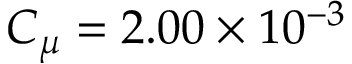
C _ { \mu } = 2 . 0 0 \times 1 0 ^ { - 3 }